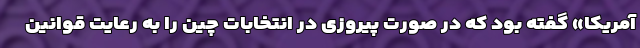
آمریکا» گفته بود که در صورت پیروزی در انتخابات چین را به رعایت قوانین